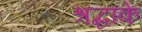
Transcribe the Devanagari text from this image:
श्रद्धाके